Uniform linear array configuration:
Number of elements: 12
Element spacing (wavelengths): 0.5
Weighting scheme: hamming
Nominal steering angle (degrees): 0
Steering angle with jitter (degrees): -1.117
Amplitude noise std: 0.05
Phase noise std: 0.05

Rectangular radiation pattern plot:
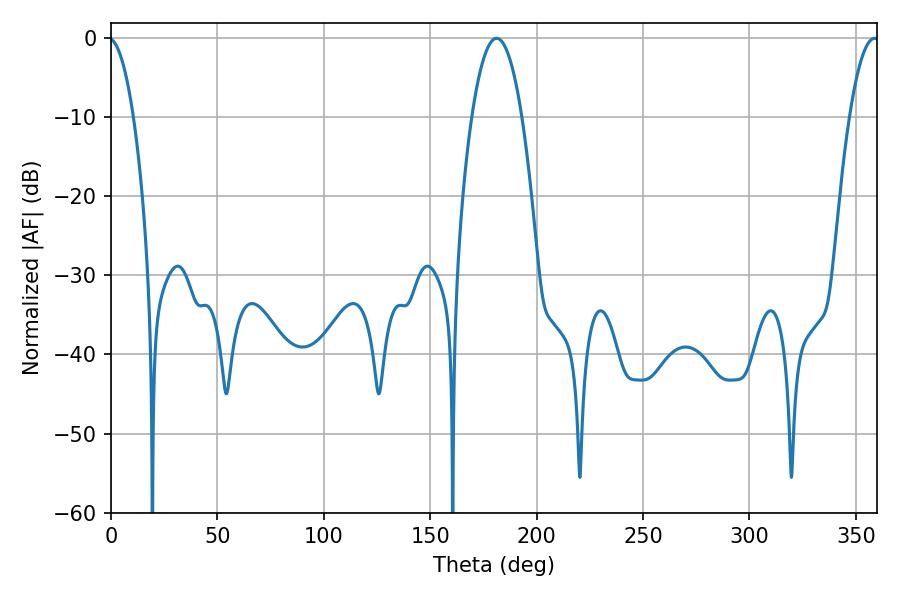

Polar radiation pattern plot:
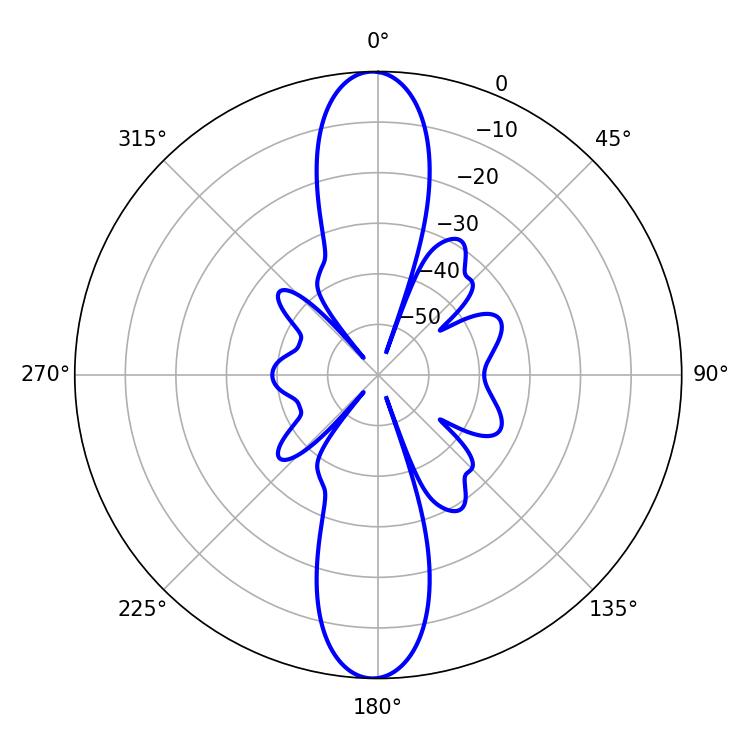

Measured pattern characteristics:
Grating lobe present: FALSE
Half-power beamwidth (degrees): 12.96
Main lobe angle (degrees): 181.26